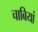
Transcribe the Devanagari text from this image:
चाबियां